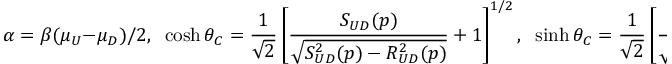
\alpha = \beta ( \mu _ { U } - \mu _ { D } ) / 2 , \; \; \cosh \theta _ { C } = \frac { 1 } { \sqrt { 2 } } \left[ \frac { S _ { U D } ( p ) } { \sqrt { S _ { U D } ^ { 2 } ( p ) - R _ { U D } ^ { 2 } ( p ) } } + 1 \right] ^ { 1 / 2 } , \; \; \sinh \theta _ { C } = \frac { 1 } { \sqrt { 2 } } \left[ \frac { S _ { U D } } { \sqrt { S _ { U D } ^ { 2 } ( p ) - R _ { U D } ^ { 2 } ( p ) } } - 1 \right] ^ { 1 / 2 }